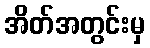
အိတ်အတွင်းမှ